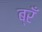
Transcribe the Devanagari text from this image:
ब्रँ